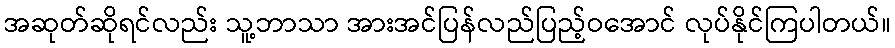
အဆုတ်ဆိုရင်လည်း သူ့ဘာသာ အားအင်ပြန်လည်ပြည့်ဝအောင် လုပ်နိုင်ကြပါတယ်။